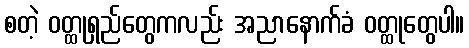
စတဲ့ ဝတ္ထုရှည်တွေကလည်း အညာနောက်ခံ ဝတ္ထုတွေပါ။